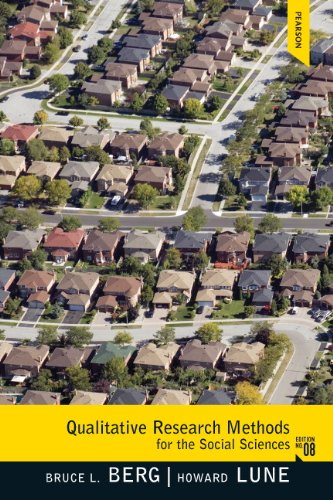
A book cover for Qualitative Research Methods for the Social Sciences (8th Edition); Bruce L. Berg; Science & Math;